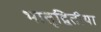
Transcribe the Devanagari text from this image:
भातृद्वितीया